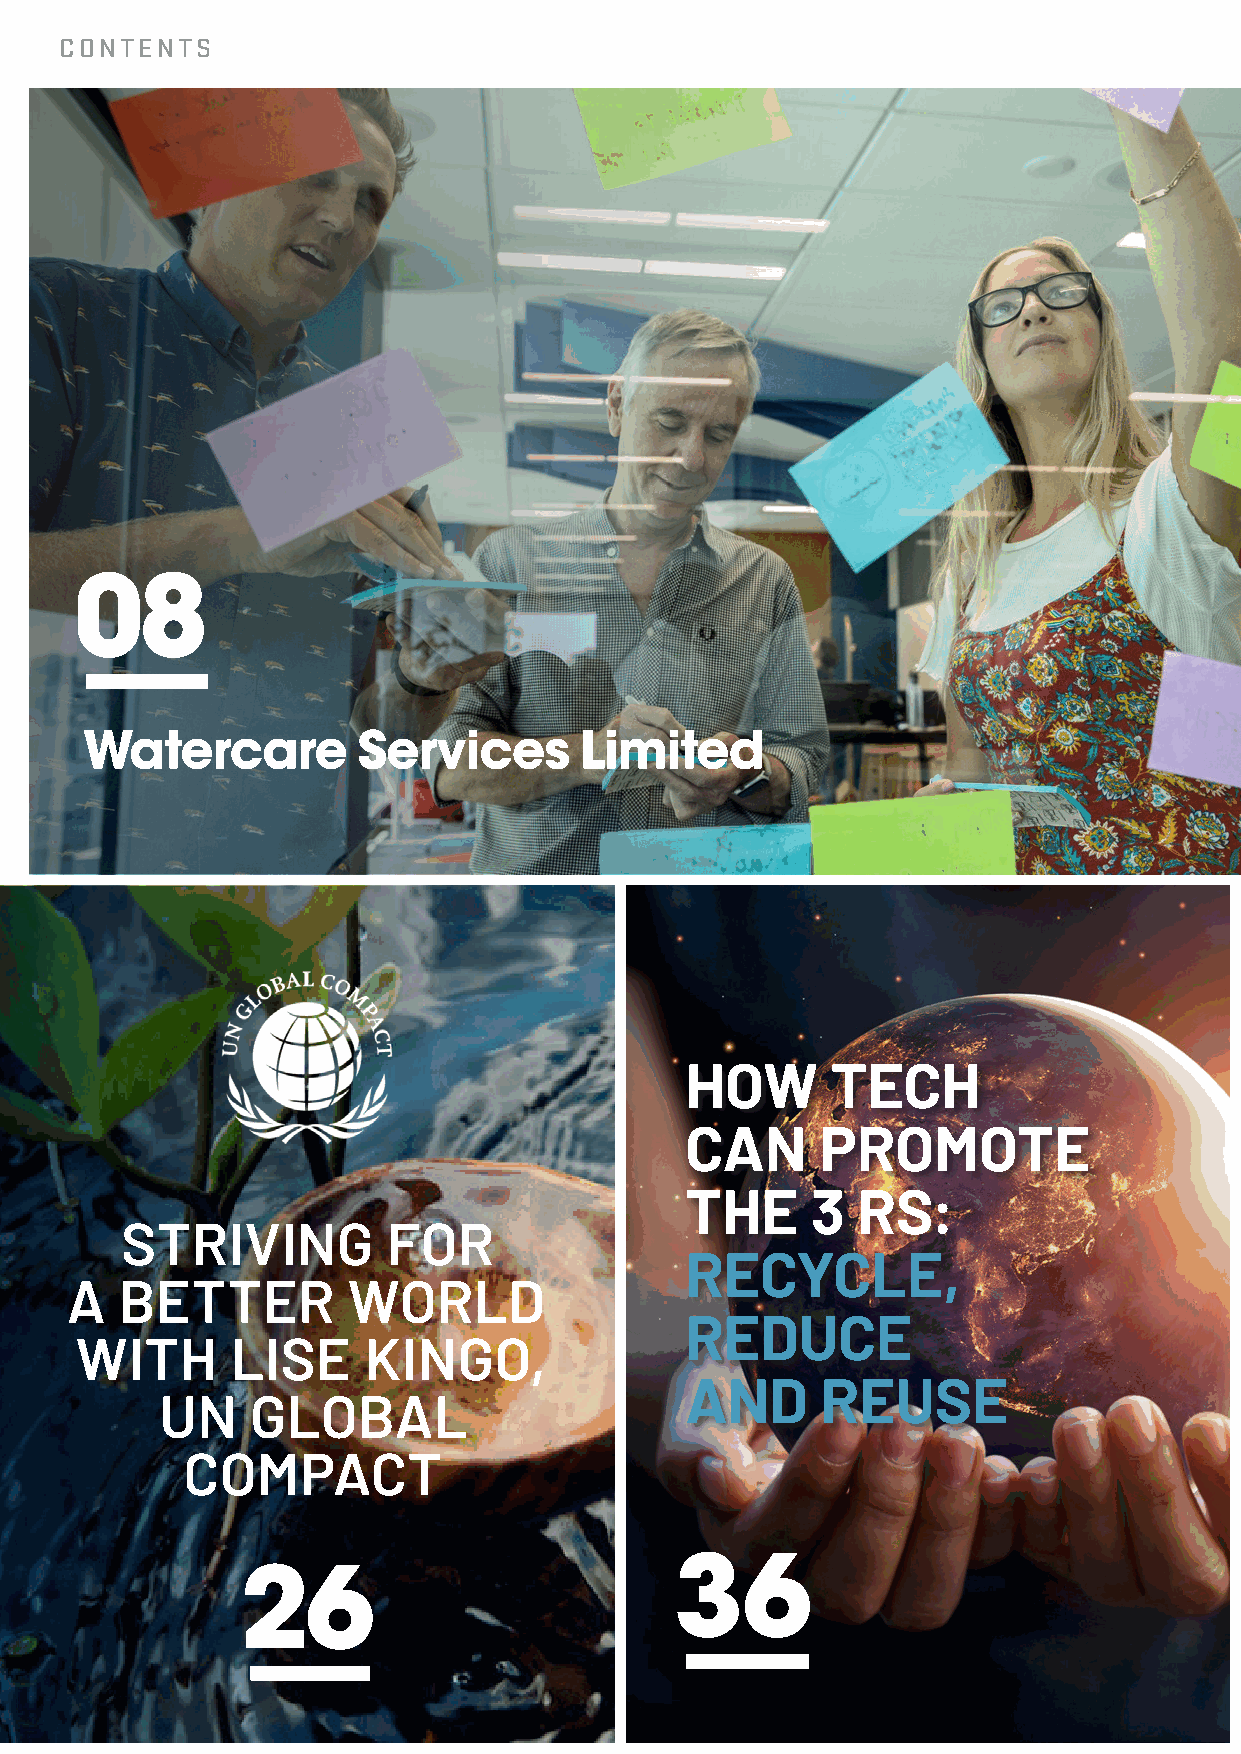
CONTENTS
 08
 Watercare          Services      Limited
 HOW       TECH
 CAN      PROMOTE
 THE      3  RS:
 STRIVING          FOR
 RECYCLE,
 A   BETTER         WORLD
 REDUCE
 WITH      LISE     KINGO,
 AND      REUSE
 UN    GLOBAL
 COMPACT
 36
 26